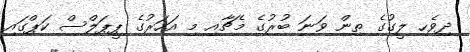
ދިވެހި ލީގުގެ ތިން ވަނަ ބުރުގެ މެޗާއި މި އަހަރުގެ ޕީޕަލްސް ކަޕްގައި